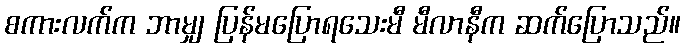
စကားလက်က ဘာမျှ ပြန်မပြောရသေးမီ မီလာနီက ဆက်ပြောသည်။